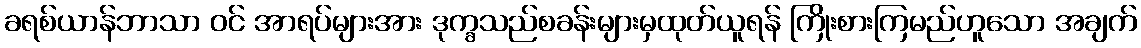
ခရစ်ယာန်ဘာသာ ဝင် အာရပ်များအား ဒုက္ခသည်စခန်းများမှထုတ်ယူရန် ကြိုးစားကြမည်ဟူသော အချက်